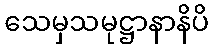
သေမှသမုဋ္ဌာနာနိပိ